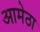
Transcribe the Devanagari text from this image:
आमेठा